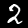
Label: 2